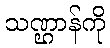
သဏ္ဌာန်ကို